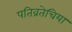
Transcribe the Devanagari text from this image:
पतिव्रतेचिया